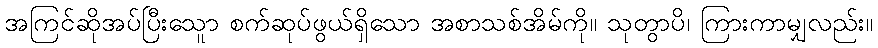
အကြင်ဆိုအပ်ပြီးသေူာ စက်ဆုပ်ဖွယ်ရှိသော အစာသစ်အိမ်ကို။ သုတွာပိ၊ ကြားကာမျှလည်း။